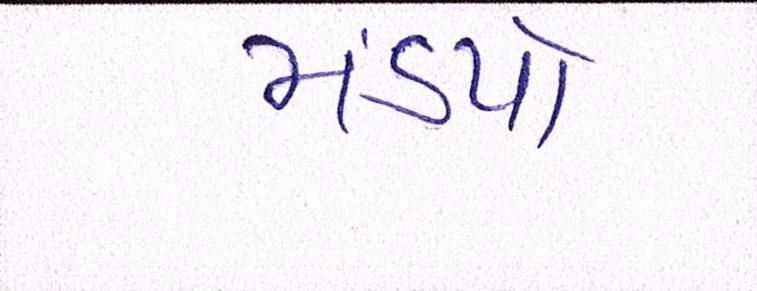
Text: મંડપો